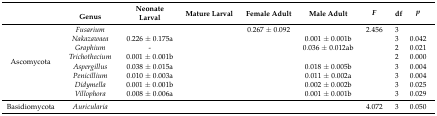
<table><thead><tr><td colspan="2">[EMPTY_CELL]</td><td rowspan="2"><b>Neonate Larval</b></td><td rowspan="2"><b>Mature Larval</b></td><td rowspan="2"><b>Female Adult</b></td><td rowspan="2"><b>Male Adult</b></td><td rowspan="2"><b><i>F</i></b></td><td rowspan="2"><b>df</b></td><td rowspan="2"><b><i>p</i></b></td></tr><tr><td>[EMPTY_CELL]</td><td><b>Genus</b></td></tr></thead><tbody><tr><td rowspan="8">Ascomycota</td><td><i>Fusarium</i></td><td>[EMPTY_CELL]</td><td>[EMPTY_CELL]</td><td>0.267 ± 0.092</td><td>[EMPTY_CELL]</td><td>2.456</td><td>3</td><td>[EMPTY_CELL]</td></tr><tr><td><i>Nakazawaea</i></td><td>0.226 ± 0.175a</td><td>[EMPTY_CELL]</td><td>[EMPTY_CELL]</td><td>0.001 ± 0.001b</td><td>[EMPTY_CELL]</td><td>3</td><td>0.042</td></tr><tr><td><i>Graphium</i></td><td>-</td><td>[EMPTY_CELL]</td><td>[EMPTY_CELL]</td><td>0.036 ± 0.012ab</td><td>[EMPTY_CELL]</td><td>2</td><td>0.021</td></tr><tr><td><i>Trichothecium</i></td><td>0.001 ± 0.001b</td><td>[EMPTY_CELL]</td><td>[EMPTY_CELL]</td><td>[EMPTY_CELL]</td><td>[EMPTY_CELL]</td><td>2</td><td>0.000</td></tr><tr><td><i>Aspergillus</i></td><td>0.038 ± 0.015a</td><td>[EMPTY_CELL]</td><td>[EMPTY_CELL]</td><td>0.018 ± 0.005b</td><td>[EMPTY_CELL]</td><td>3</td><td>0.004</td></tr><tr><td><i>Penicillium</i></td><td>0.010 ± 0.003a</td><td>[EMPTY_CELL]</td><td>[EMPTY_CELL]</td><td>0.011 ± 0.002a</td><td>[EMPTY_CELL]</td><td>3</td><td>0.004</td></tr><tr><td><i>Didymella</i></td><td>0.001 ± 0.001b</td><td>[EMPTY_CELL]</td><td>[EMPTY_CELL]</td><td>0.002 ± 0.002b</td><td>[EMPTY_CELL]</td><td>3</td><td>0.025</td></tr><tr><td><i>Villophora</i></td><td>0.008 ± 0.006a</td><td>[EMPTY_CELL]</td><td>[EMPTY_CELL]</td><td>0.001 ± 0.001b</td><td>[EMPTY_CELL]</td><td>3</td><td>0.029</td></tr><tr><td>Basidiomycota</td><td><i>Auricularia</i></td><td>[EMPTY_CELL]</td><td>[EMPTY_CELL]</td><td>[EMPTY_CELL]</td><td>[EMPTY_CELL]</td><td>4.072</td><td>3</td><td>0.050</td></tr></tbody></table>